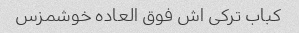
کباب ترکی اش فوق العاده خوشمزس